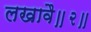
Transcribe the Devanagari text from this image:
लखावै॥२॥